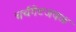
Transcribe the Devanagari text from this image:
चर्चगेटजवळ